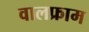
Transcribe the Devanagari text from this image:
वालफ्राम